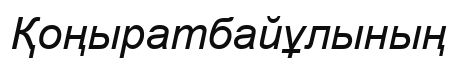
Қоңыратбайұлының